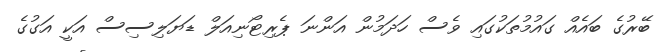
ބޭރުގެ ބައެއް ގައުމުތަކުގައި ވެސް ހަދަމުން އަންނަ ޕެރިޓޯނިއަލް ޑަޔަލިސިސް އަކީ އަގުގެ